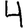
Digit: 4